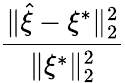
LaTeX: \frac{\| \hat{\xi}-\xi^{\ast}\| _{2}^{2}}{\| \xi^{\ast}\| _{2}^{2}}